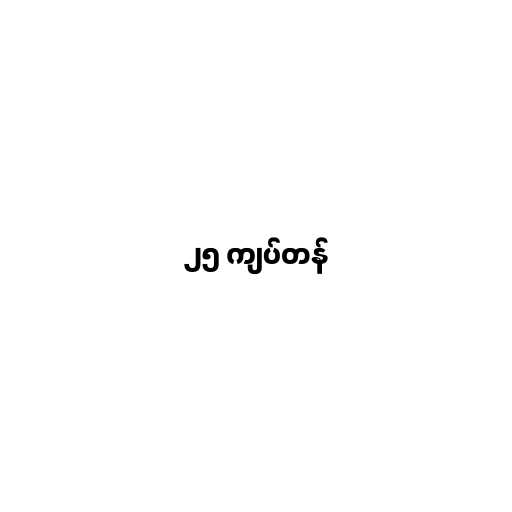
၂၅ ကျပ်တန်